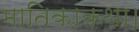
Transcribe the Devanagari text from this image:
मातिकाकथा।